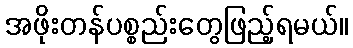
အဖိုးတန်ပစ္စည်းတွေဖြည့်ရမယ်။